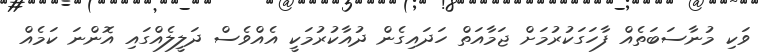
ވަކި މުނާސަބަތެއް ފާހަގަކުރުމަށް ޖަމާއަތް ހަދައިގެން ދުއާކުރުމަކީ އެއްވެސް ދަލީލެއްގައި އޮންނަ ކަމެއް